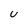
Character: U